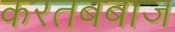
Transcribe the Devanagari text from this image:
करतबबाज